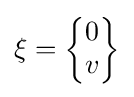
\xi ={\begin{Bmatrix}0\\v\end{Bmatrix}}